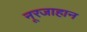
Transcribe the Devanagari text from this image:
नूरजाहान